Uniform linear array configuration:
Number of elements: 48
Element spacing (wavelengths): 0.25
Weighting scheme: cosine
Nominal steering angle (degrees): -45
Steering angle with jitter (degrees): -43.522
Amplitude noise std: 0.05
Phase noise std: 0.05

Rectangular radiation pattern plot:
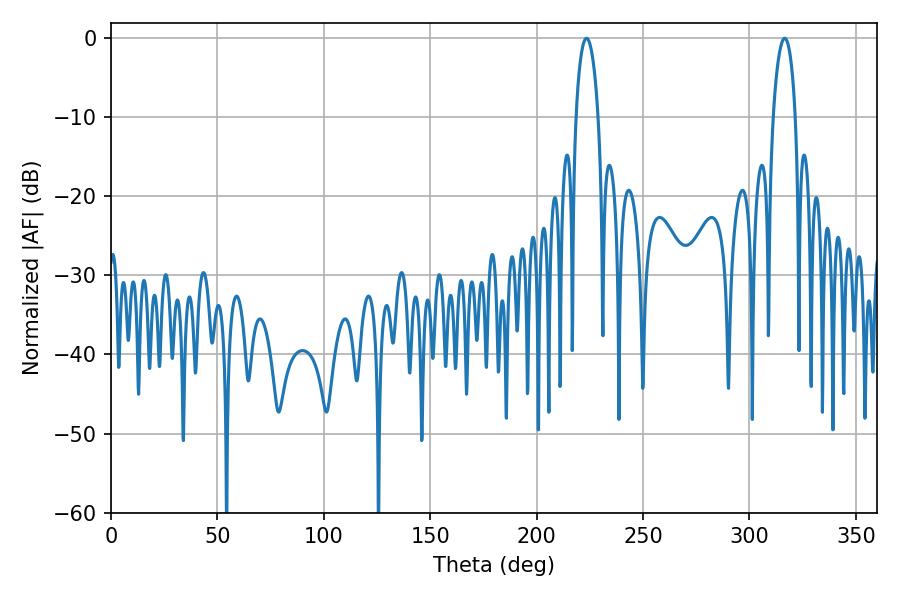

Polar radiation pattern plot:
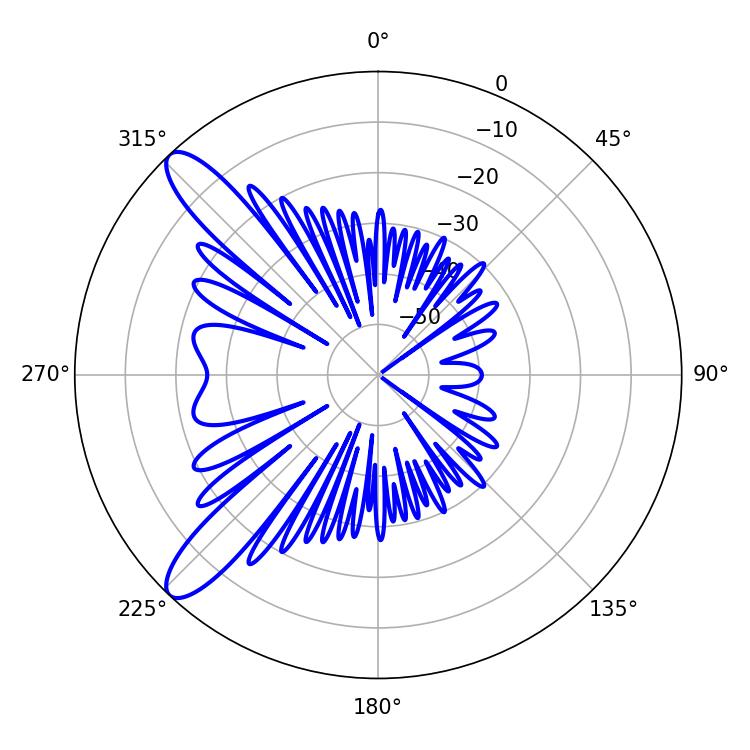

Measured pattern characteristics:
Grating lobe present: FALSE
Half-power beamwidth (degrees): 5.94
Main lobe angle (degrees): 223.38